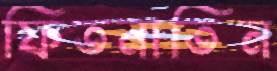
ফিতনাতিন